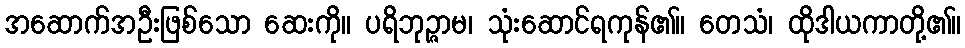
အဆောက်အဦးဖြစ်သော ဆေးကို။ ပရိဘုဉ္ဇာမ၊ သုံးဆောင်ရကုန်၏။ တေသံ၊ ထိုဒါယကာတို့၏။